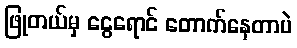
ဖြုတယ်မှ ငွေရောင် တောက်နေတာပဲ